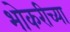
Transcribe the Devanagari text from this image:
भोकरीच्या